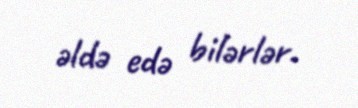
əldə edə bilərlər.